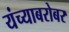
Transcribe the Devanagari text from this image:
यंच्याबरोबर